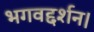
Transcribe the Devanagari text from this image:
भगवद्दर्शन।